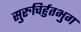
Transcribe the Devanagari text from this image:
सुरुचिर्हुतभुग